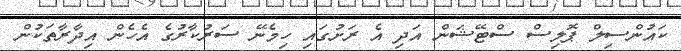
ކައުންސިލް ޕޮލިސް ސްޓޭޝަން އަދި އެ ރަށުގައި ހިމެނޭ ސަރުކާރުގެ އެހެން އިދާރާތަކުން